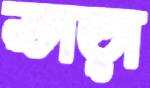
ভাড়া